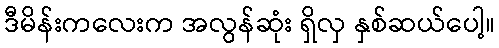
ဒီမိန်းကလေးက အလွန်ဆုံး ရှိလှ နှစ်ဆယ်ပေါ့။